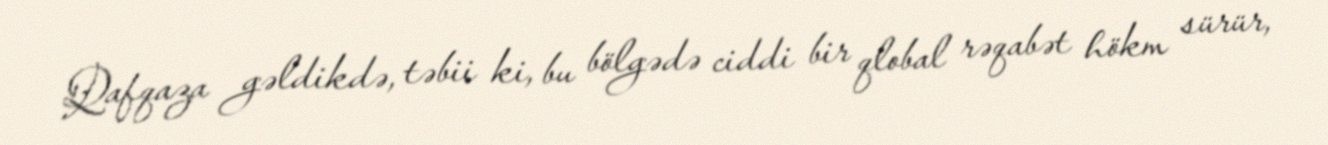
Qafqaza gəldikdə, təbii ki, bu bölgədə ciddi bir qlobal rəqabət hökm sürür,